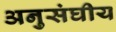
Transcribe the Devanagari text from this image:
अनुसंघीय